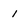
Character: 1